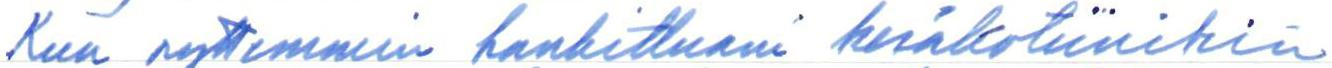
Kun nyttemmin hankittuani kesäkotiinikin